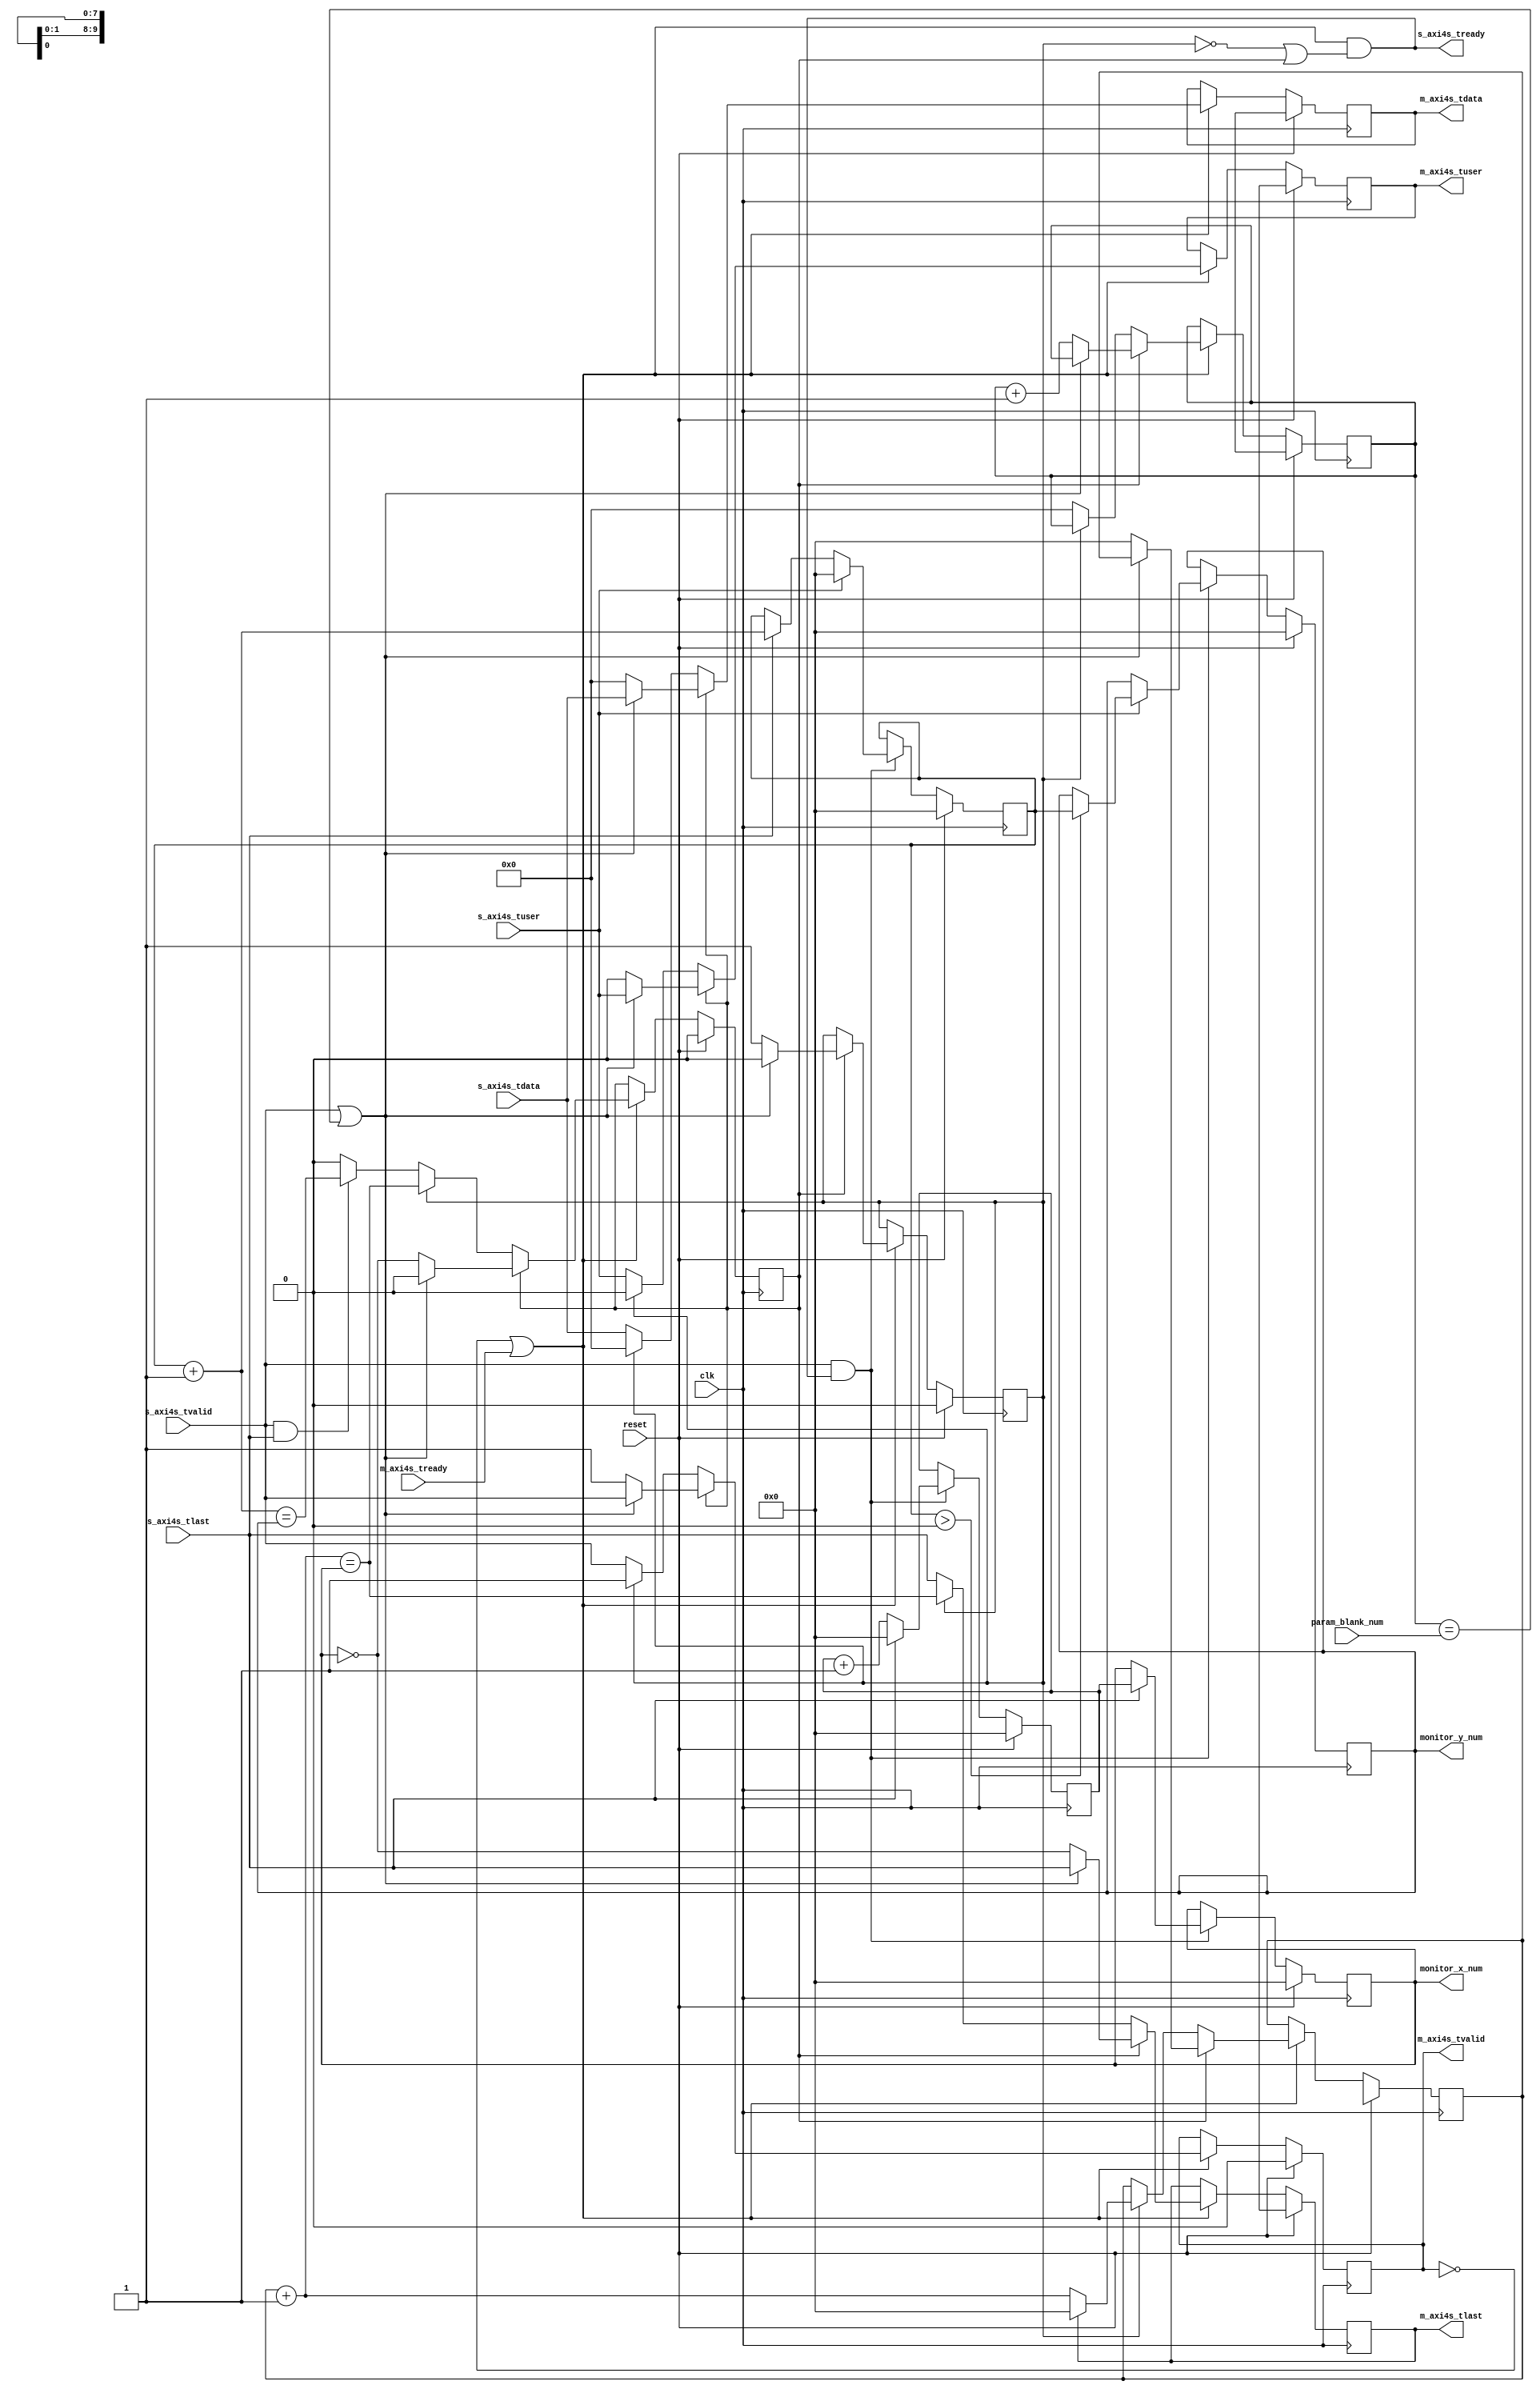
// ---------------------------------------------------------------------------
//  Jelly  -- The platform for real-time computing
//   image processing
//
//                                 Copyright (C) 2008-2016 by Ryuji Fuchikami
//                                 https://github.com/ryuz/jelly.git
// ---------------------------------------------------------------------------



`timescale 1ns / 1ps
`default_nettype none


module jelly_axi4s_insert_blank
        #(
            parameter   TDATA_WIDTH    = 8,
            parameter   TUSER_WIDTH    = 1,
            parameter   FIFO_PTR_WIDTH = 0,
            parameter   IMG_X_WIDTH    = 10,
            parameter   IMG_Y_WIDTH    = 10,
            parameter   BLANK_Y_WIDTH  = 8,
            parameter   BLANK_TDATA    = {TDATA_WIDTH{1'b0}},
            parameter   BLANK_TUSER    = {TUSER_WIDTH{1'b0}},
            parameter   INIT_Y_NUM     = 0
        )
        (
            input   wire                        reset,
            input   wire                        clk,
            
            input   wire    [BLANK_Y_WIDTH-1:0] param_blank_num,
            
            output  wire    [IMG_X_WIDTH-1:0]   monitor_x_num,
            output  wire    [IMG_Y_WIDTH-1:0]   monitor_y_num,
            
            input   wire    [TUSER_WIDTH-1:0]   s_axi4s_tuser,
            input   wire                        s_axi4s_tlast,
            input   wire    [TDATA_WIDTH-1:0]   s_axi4s_tdata,
            input   wire                        s_axi4s_tvalid,
            output  wire                        s_axi4s_tready,
            
            output  wire    [TUSER_WIDTH-1:0]   m_axi4s_tuser,
            output  wire                        m_axi4s_tlast,
            output  wire    [TDATA_WIDTH-1:0]   m_axi4s_tdata,
            output  wire                        m_axi4s_tvalid,
            input   wire                        m_axi4s_tready
        );
    
    
    
    wire                        cke = (!m_axi4s_tvalid || m_axi4s_tready);
    
    reg     [IMG_X_WIDTH-1:0]   reg_x_counter;
    reg     [IMG_X_WIDTH-1:0]   reg_x_num;
    reg     [IMG_Y_WIDTH-1:0]   reg_y_counter;
    reg     [IMG_Y_WIDTH-1:0]   reg_y_num;
    reg     [IMG_X_WIDTH-1:0]   reg_x_blank;
    reg     [BLANK_Y_WIDTH-1:0] reg_y_blank;
    
    reg                         reg_blank;
    reg                         reg_frame_last;
    
    reg     [TDATA_WIDTH-1:0]   reg_tdata;
    reg                         reg_tlast;
    reg     [TUSER_WIDTH-1:0]   reg_tuser;
    reg                         reg_tvalid;
    
    always @(posedge clk) begin
        if ( reset ) begin
            reg_x_counter  <= {IMG_X_WIDTH{1'b0}};
            reg_x_num      <= {IMG_X_WIDTH{1'b0}};
            reg_y_counter  <= {IMG_Y_WIDTH{1'b0}};
            reg_y_num      <= INIT_Y_NUM;
            reg_x_blank    <= {IMG_X_WIDTH{1'bx}};
            reg_y_blank    <= {BLANK_Y_WIDTH{1'bx}};
            
            reg_blank      <= 1'b0;
            reg_frame_last <= 1'b0;
            
            reg_tlast      <= 1'bx;
            reg_tdata      <= {TDATA_WIDTH{1'bx}};
            reg_tuser      <= {TUSER_WIDTH{1'bx}};
            reg_tvalid     <= 1'b0;
        end
        else begin
            // 
            if ( s_axi4s_tvalid && s_axi4s_tready ) begin
                reg_x_counter <= reg_x_counter + 1'b1;
                if ( s_axi4s_tlast ) begin
                    reg_x_num     <= reg_x_counter;         // X
                    reg_x_counter <= {IMG_X_WIDTH{1'b0}};
                    reg_y_counter <= reg_y_counter + 1;
                end
                
                if ( s_axi4s_tuser[0] ) begin
                    if ( reg_y_counter > 0 ) begin
                        reg_y_num <= reg_y_counter;     // Y
                    end
                    reg_y_counter <= {IMG_Y_WIDTH{1'b0}};
                end
            end
            
            if ( cke ) begin
                reg_frame_last <= 1'b0;
                if ( reg_frame_last ) begin
                    if ( s_axi4s_tvalid || (reg_y_blank == param_blank_num) ) begin
                        reg_blank <= 1'b0;
                        
                        reg_tdata      <= s_axi4s_tdata;
                        reg_tlast      <= s_axi4s_tlast;
                        reg_tuser      <= s_axi4s_tuser;
                        reg_tvalid     <= s_axi4s_tvalid;
                    end
                    else begin
                        reg_y_blank    <= reg_y_blank + 1'b1;
                        reg_x_blank    <= {IMG_X_WIDTH{1'b0}};
                        reg_blank      <= 1'b1;
                        reg_tuser      <= BLANK_TUSER;
                        reg_tlast      <= ({IMG_X_WIDTH{1'b0}} == reg_x_num);
                        reg_tdata      <= BLANK_TDATA;
                        reg_tvalid     <= 1'b1;
                        reg_frame_last <= ({IMG_X_WIDTH{1'b0}} == reg_x_num);
                    end
                end
                else begin
                    if ( reg_blank ) begin
                        if ( reg_tlast ) begin
                            reg_x_blank <= {IMG_X_WIDTH{1'b0}};
                        end
                        else begin
                            reg_x_blank <= reg_x_blank + 1'b1;
                        end
                        reg_tuser      <= BLANK_TUSER;
                        reg_tlast      <= (reg_x_blank + 1'b1 == reg_x_num);
                        reg_tdata      <= BLANK_TDATA;
                        reg_tvalid     <= 1'b1;
                        reg_frame_last <= (reg_x_blank + 1'b1 == reg_x_num);
                    end
                    else begin
                        reg_tdata      <= s_axi4s_tdata;
                        reg_tlast      <= s_axi4s_tlast;
                        reg_tuser      <= s_axi4s_tuser;
                        reg_tvalid     <= s_axi4s_tvalid;
                        
                        if ( s_axi4s_tvalid && s_axi4s_tlast ) begin
                            reg_frame_last <= (reg_y_counter+1'b1 == reg_y_num);
                        end
                        reg_y_blank    <= {BLANK_Y_WIDTH{1'b0}};
                    end
                end
            end
        end
    end
    
    assign s_axi4s_tready = (cke && (!reg_blank || reg_frame_last));
    
    assign  m_axi4s_tdata  = reg_tdata;
    assign  m_axi4s_tlast  = reg_tlast;
    assign  m_axi4s_tuser  = reg_tuser;
    assign  m_axi4s_tvalid = reg_tvalid;
    
    assign  monitor_x_num = reg_x_num;
    assign  monitor_y_num = reg_y_num;
    
endmodule


`default_nettype wire


// end of file